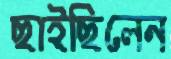
ছাইছিলেন